Code of medical and sanitary regulations for the guidance of medical officers serving in the Madras Presidency - Volume I
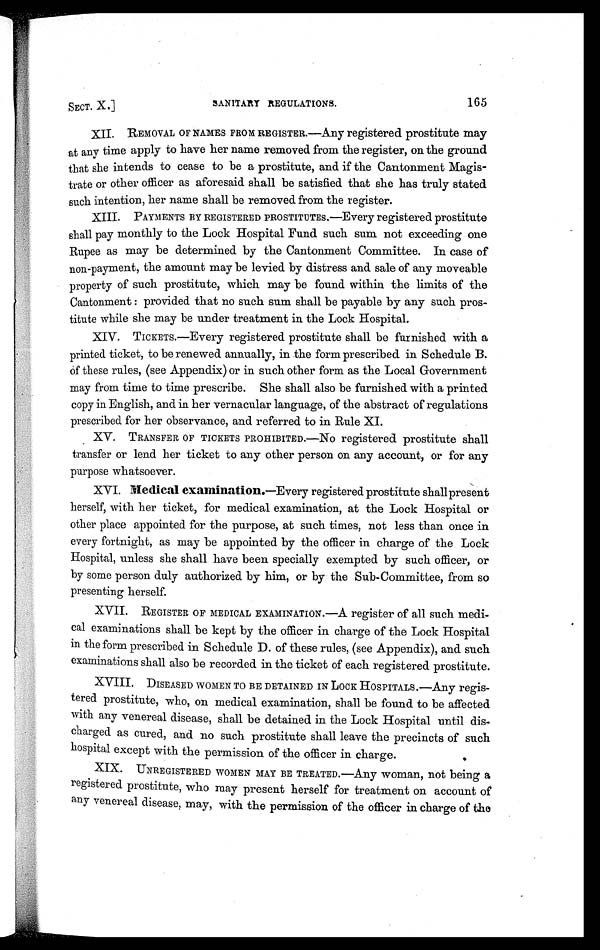
SECT. X.]
SANITARY REGULATIONS.
165
XII.
REMOVAL OF NAMES FROM REGISTER.—Any registered prostitute may
at any time apply to have her name removed from the register, on the ground
that she intends to cease to be a prostitute, and if the Cantonment Magis-
trate or other officer as aforesaid shall be satisfied that she has truly stated
such intention, her name shall be removed from the register.
XIII.
PAYMENTS BY REGISTERED PROSTITUTES.—Every registered prostitute
shall pay monthly to the Lock Hospital Fund such sum not exceeding one
Rupee as may be determined by the Cantonment Committee. In case of
non-payment, the amount may be levied by distress and sale of any moveable
property of such prostitute, which may be found within the limits of the
Cantonment : provided that no such sum shall be payable by any such pros-
titute while she may be under treatment in the Lock Hospital.
XIV.
TICKETS.—Every registered prostitute shall be furnished with a
printed ticket, to be renewed annually, in the form prescribed in Schedule B.
of these rules, (see Appendix) or in such other form as the Local Government
may from time to time prescribe. She shall also be furnished with a printed
copy in English, and in her vernacular language, of the abstract of regulations
prescribed for her observance, and referred to in Rule XI.
XV.
TRANSFER OF TICKETS PROHIBITED.—No registered prostitute shall
transfer or lend her ticket to any other person on any account, or for any
purpose whatsoever.
XVI.
Medical examination. —Every registered prostitute shallpresent
herself, with her ticket, for medical examination, at the Lock Hospital or
other place appointed for the purpose, at such times, not less than once in
every fortnight, as may be appointed by the officer in charge of the Lock
Hospital, unless she shall have been specially exempted by such officer, or
by some person duly authorized by him, or by the Sub-Committee, from so
presenting herself.
XVII.
REGISTER OF MEDICAL EXAMINATION.—A register of all such medi-
cal examinations shall be kept by the officer in charge of the Lock Hospital
in the form prescribed in Schedule D. of these rules, (see Appendix), and such
examinations shall also be recorded in the ticket of each registered prostitute.
XVIII.
DISEASED WOMEN TO BE DETAINED IN LOCK HOSPITALS.—Any regis-
tered prostitute, who, on medical examination, shall be found to be affected
with any venereal disease, shall be detained in the Lock Hospital until dis-
charged as cured, and no such prostitute shall leave the precincts of such
hospital except with the permission of the officer in charge.
XIX.
UNREGISTERED WOMEN MAY BE TREATED.—Any woman, not being a
registered prostitute, who may present herself for treatment on account of
any venereal disease, may, with the permission of the officer in charge of the